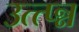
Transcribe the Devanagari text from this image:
उत्त्प्न्न